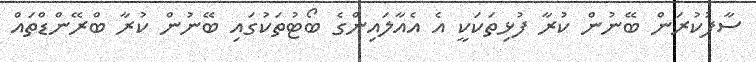
ސާފުކުރަން ބޭނުން ކުރާ ފުޅިތަކަކީ އެ އެއާލައިންގެ ބޯޓުތަކުގައި ބޭނުން ކުރާ ބްރޭންޑްތައް